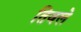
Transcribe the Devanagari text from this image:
तिवले